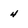
Character: 4